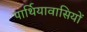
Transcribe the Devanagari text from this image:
पार्थियावासियों